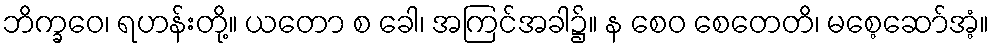
ဘိက္ခဝေ၊ ရဟန်းတို့။ ယတော စ ခေါ၊ အကြင်အခါ၌။ န စေဝ စေတေတိ၊ မစေ့ဆော်အံ့။